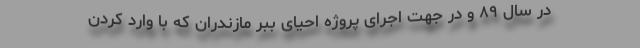
در سال ۸۹ و در جهت اجرای پروژه احیای ببر مازندران که با وارد کردن